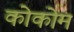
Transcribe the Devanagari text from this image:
कोकोम